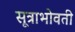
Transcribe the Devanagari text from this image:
सूत्राभोवती